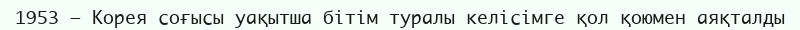
1953 — Корея соғысы уақытша бiтiм туралы келiсiмге қол қоюмен аяқталды